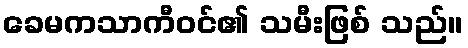
ခေမကသာကီဝင်၏ သမီးဖြစ် သည်။